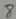
Text: 8